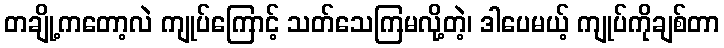
တချို့ကတော့လဲ ကျုပ်ကြောင့် သတ်သေကြမလို့တဲ့၊ ဒါပေမယ့် ကျုပ်ကိုချစ်တာ